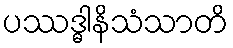
ပဿဒ္ဓါနိသံသာတိ